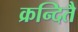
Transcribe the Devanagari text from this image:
क्रन्दितै